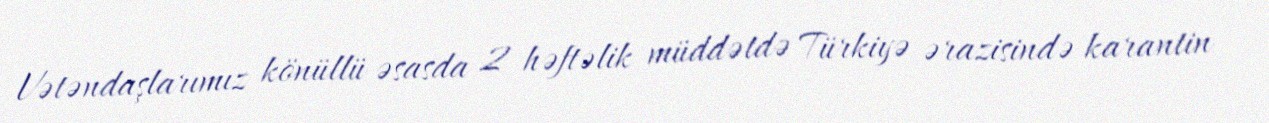
Vətəndaşlarımız könüllü əsasda 2 həftəlik müddətdə Türkiyə ərazisində karantin